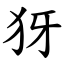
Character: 犽